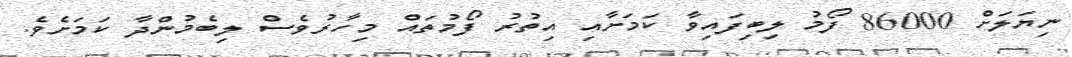
ނިޔަލަށް 86000 ފޯމު ލިބިފައިވާ ކަމަށާއި އިތުރު ފޯމުތައް މިހާރުވެސް ލިބެމުންދާ ކަމަށެވެ.